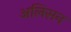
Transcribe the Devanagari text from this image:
अलिसन